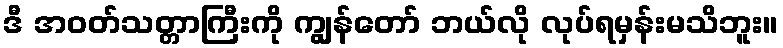
ဒီ အဝတ်သတ္တာကြီးကို ကျွန်တော် ဘယ်လို လုပ်ရမှန်းမသိဘူး။